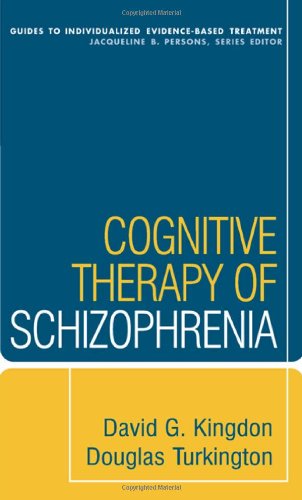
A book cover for Cognitive Therapy of Schizophrenia (Guides to Individualized Evidence-Based Treatment); David G. Kingdon; Medical Books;